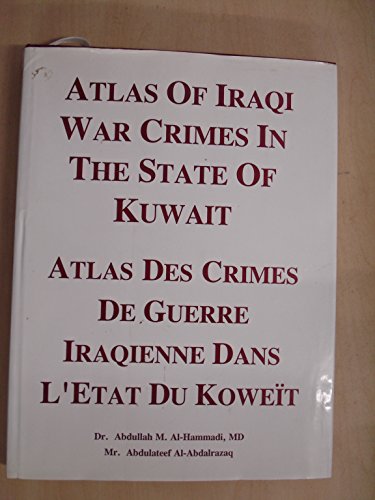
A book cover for Atlas of Iraqi War Crimes in the State of Kuwait. / Atlas des Crimes de Geurre Iraqienne dans l'Etat du Koweit; Abdullah M; Al-Abdalrazaq, Abdulateef Al-Hammadi; Travel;